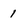
Character: 1